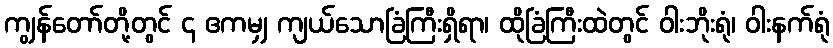
ကျွန်တော်တို့တွင် ၄ ဧကမျှ ကျယ်သောခြံကြီးရှိရာ၊ ထိုခြံကြီးထဲတွင် ဝါးဘိုးရုံ၊ ဝါးနက်ရုံ